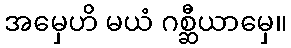
အမှေဟိ မယံ ဂစ္ဆီယာမှေ။